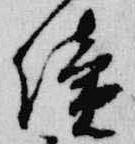
続